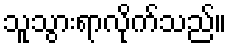
သူသွားရာလိုက်သည်။